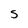
Character: S